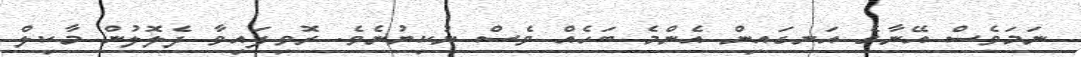
ނަމަވެސް އޭނާގެ އަނގައިން އެންމެ ބަހެއް ވެސް ނުކިޔުނެވެ. ރޮވިފައިވާ ދެލޮލުން މާކިލް